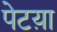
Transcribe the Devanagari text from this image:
पेटय़ा